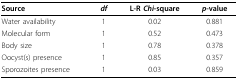
<table><thead><tr><td><b>Source</b></td><td><b><i>df</i></b></td><td><b>L-R <i>Chi</i>-square</b></td><td><b><i>p</i>-value</b></td></tr></thead><tbody><tr><td>Water availability</td><td>1</td><td>0.02</td><td>0.881</td></tr><tr><td>Molecular form</td><td>1</td><td>0.52</td><td>0.473</td></tr><tr><td>Body size</td><td>1</td><td>0.78</td><td>0.378</td></tr><tr><td>Oocyst(s) presence</td><td>1</td><td>0.85</td><td>0.357</td></tr><tr><td>Sporozoites presence</td><td>1</td><td>0.03</td><td>0.859</td></tr></tbody></table>